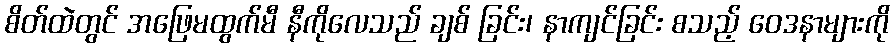
စိတ်ထဲတွင် အဖြေမထွက်မီ နီကိုလေသည် ချစ် ခြင်း၊ နာကျင်ခြင်း စသည့် ဝေဒနာများကို